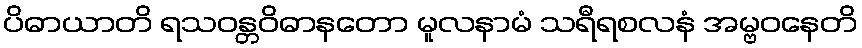
ပိဓာယာတိ ရသဝန္တဝိဓာနတော မူလနာမံ သရီရစလနံ အမ္ဗဝနေတိ